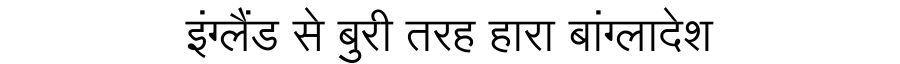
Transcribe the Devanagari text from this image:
इंग्लैंड से बुरी तरह हारा बांग्लादेश